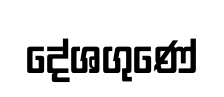
දේශගුණේ